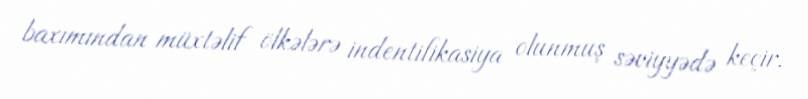
baxımından müxtəlif ölkələrə indentifikasiya olunmuş səviyyədə keçir.